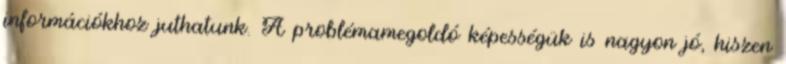
információkhoz juthatunk. A problémamegoldó képességük is nagyon jó, hiszen